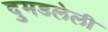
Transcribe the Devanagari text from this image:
दुमडलेली